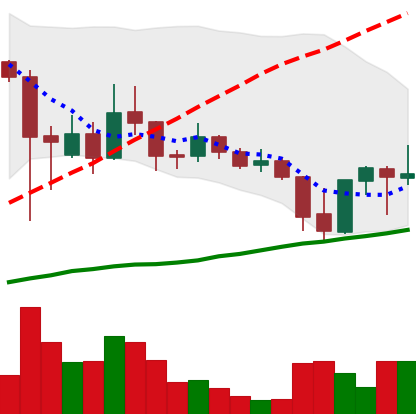
Ticker: ADA-USD
Chart end date: 2021-09-25
Forward return: -8.129%
Label: down_7plus